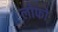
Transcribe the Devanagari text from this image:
लोफो